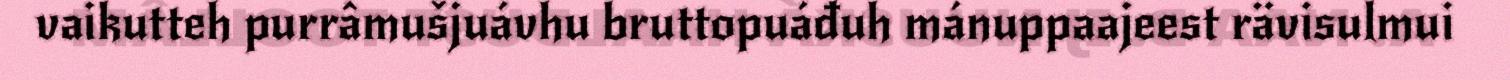
vaikutteh purrâmušjuávhu bruttopuáđuh mánuppaajeest rävisulmui